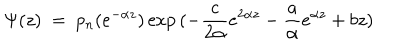
\Psi ( z ) \ = \ p _ { n } ( e ^ { - \alpha z } ) \exp { ( - { \frac { c } { 2 \alpha } } e ^ { 2 \alpha z } - { \frac { a } { \alpha } } e ^ { \alpha z } + b z ) }